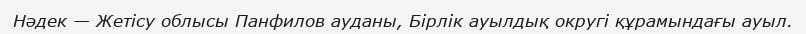
Нәдек — Жетісу облысы Панфилов ауданы, Бірлік ауылдық округі құрамындағы ауыл.